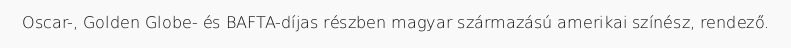
Oscar-, Golden Globe- és BAFTA-díjas részben magyar származású amerikai színész, rendező.